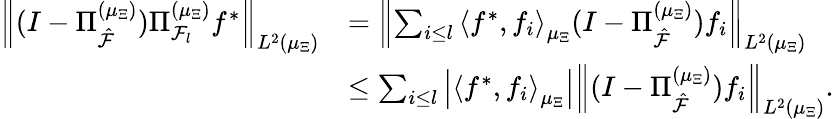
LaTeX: \begin{array}{rl}{\left\| (I-\Pi_{\hat{\cal F}}^{(\mu_{\Xi})})\Pi_{{\cal F}_{l}}^{(\mu_{\Xi})}f^{*}\right\| _{L^{2}(\mu_{\Xi})}}&{=\left\| \sum_{i\leq l}\left\langle f^{*},f_{i}\right\rangle_{\mu_{\Xi}}(I-\Pi_{\hat{\cal F}}^{(\mu_{\Xi})})f_{i}\right\| _{L^{2}(\mu_{\Xi})}}\\ &{\leq\sum_{i\leq l}\left|\left\langle f^{*},f_{i}\right\rangle_{\mu_{\Xi}}\right|\left\| (I-\Pi_{\hat{\cal F}}^{(\mu_{\Xi})})f_{i}\right\| _{L^{2}(\mu_{\Xi})}.}\end{array}